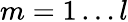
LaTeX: m=1\ldots l